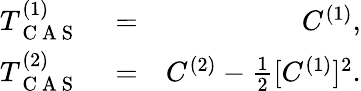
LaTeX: \begin{array}{rlr}{T_{\mathrm{~C~A~S~}}^{(1)}}&{{}=}&{C^{(1)},}\\ {T_{\mathrm{~C~A~S~}}^{(2)}}&{{}=}&{C^{(2)}-\frac{1}{2}[C^{(1)}]^{2}.}\end{array}